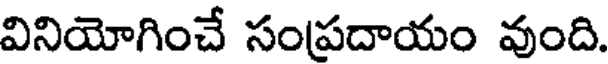
వినియోగించే సంప్రదాయం వుంది.